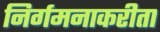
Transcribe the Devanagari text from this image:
निर्गमनाकरीता